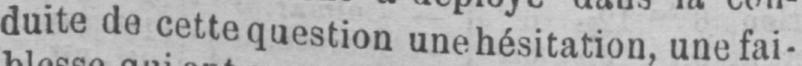
duite de cettequestion une hésitation, une fai-